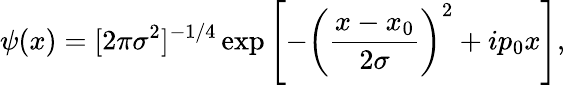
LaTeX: \psi(x)=[2\pi\sigma^{2}]^{-1/4}\exp\left[-\left(\frac{x-x_{0}}{2\sigma}\right)^{2}+ip_{0}x\right],